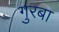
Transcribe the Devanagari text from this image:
गुरबा